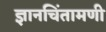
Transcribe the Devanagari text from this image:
ज्ञानचिंतामणी